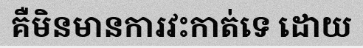
គឺមិនមានការវះកាត់ទេ ដោយ